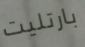
بارتليت